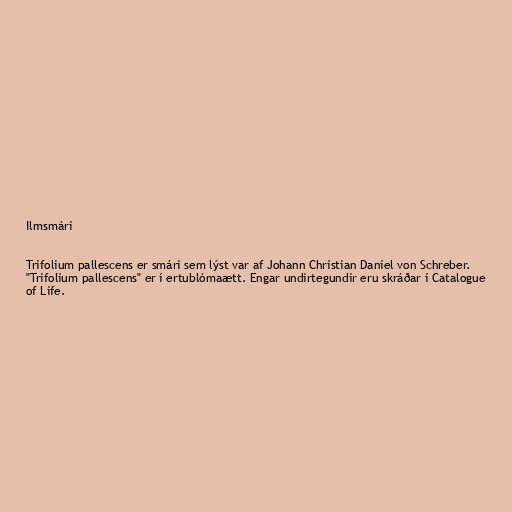
Ilmsmári

Trifolium pallescens er smári sem lýst var af Johann Christian Daniel von Schreber.
"Trifolium pallescens" er í ertublómaætt. Engar undirtegundir eru skráðar í Catalogue
of Life.